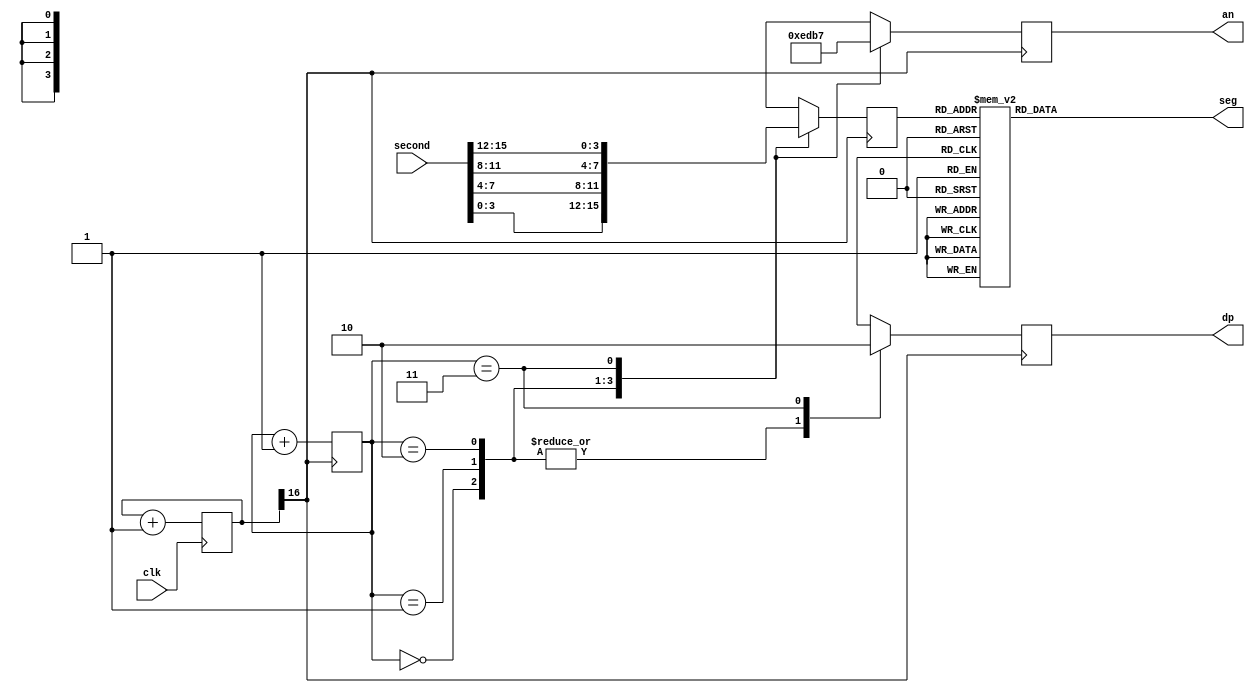
`timescale 1ns / 1ps
//////////////////////////////////////////////////////////////////////////////////
// Company: 
// Engineer: 
// 
// Design Name: 
// Module Name:    seg7show 
// Project Name: 
// Target Devices: 
// Tool versions: 
// Description: 
//
// Dependencies: 
//
// Revision: 
// Revision 0.01 - File Created
// Additional Comments: 
//
//////////////////////////////////////////////////////////////////////////////////
module seg7show(
input clk,
input [15:0] second,
output reg dp,
output reg [3:0] an,
output reg [6:0] seg
    );

	wire segClk;
	reg [1:0] counter;
	reg [3:0] currentInput;
	reg [16:0] clk_counter  = 0;
	
	always @(posedge clk) begin
		clk_counter = clk_counter + 1;
	end
		
	assign segClk = clk_counter[16];

	always @(posedge segClk) begin
		counter <= counter + 1;
		
		case (counter) 
			2'b00:
				begin
					an = 4'b1110;
					currentInput <= second[3:0];
					dp = 1;
				end
			2'b01:
				begin
					an = 4'b1101;
					currentInput <= second[7:4];
					dp = 1;
				end
			2'b10:	
				begin
					an = 4'b1011;
					currentInput <= second[11:8];
					dp = 1;				
				end
			2'b11: 
				begin
					an = 4'b0111;
					currentInput <= second[15:12];
					dp = 0;
				end
			default:
				begin
					an = 4'b1111;
					currentInput <= second[3:0];
				end
		endcase
	end

	always @(*) begin
		case (currentInput)
			0: seg = 7'b0000001; 
			1: seg = 7'b1001111; 
			2: seg = 7'b0010010; 
			3: seg = 7'b0000110; 
			4: seg = 7'b1001100; 
			5: seg = 7'b0100100; 
			6: seg = 7'b0100000; 
			7: seg = 7'b0001111; 
			8: seg = 7'b0000000; 
			9: seg = 7'b0000100; 
			default: seg = 7'b0000001;
		endcase
	end

endmodule